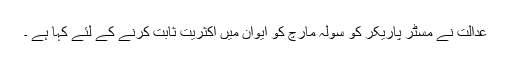
عدالت نے مسٹر پاریکر کو سولہ مارچ کو ایوان میں اکثریت ثابت کرنے کے لئے کہا ہے ۔